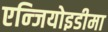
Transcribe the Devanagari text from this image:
एन्जियोइडीमा